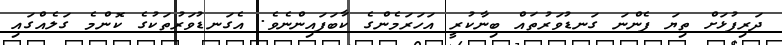
ދަރިފުޅަށް ތިޔަ ފެންނަ ގަނޑުވަރުތައް ބިނާކުރީ އަހަރަމެންގެ ކާބަފައިންނެވެ. އެގަނޑުވަރުތަކުގެ ކޮންމެ ގަލެއްގައި